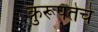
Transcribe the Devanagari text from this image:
कुरूपतेचे